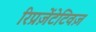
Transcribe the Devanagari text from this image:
रिप्रज़ेंटेटिवज़